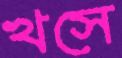
খসে